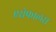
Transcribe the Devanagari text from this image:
एसेफालस